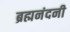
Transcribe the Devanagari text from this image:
ब्रह्मनंदनी